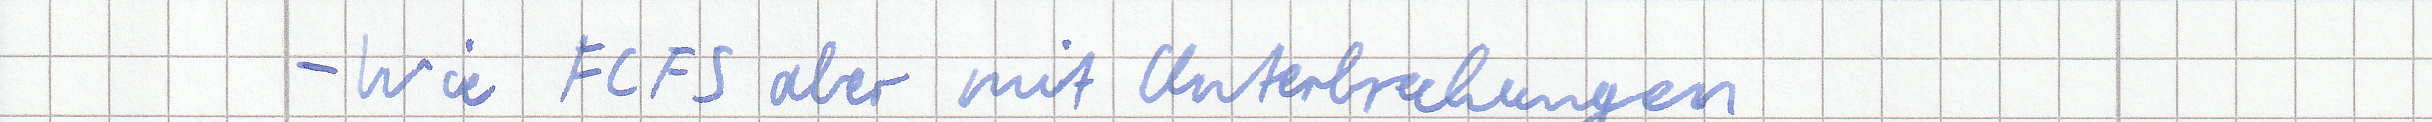
- Wie FCFS aber mit Unterbrechungen